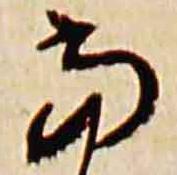
当